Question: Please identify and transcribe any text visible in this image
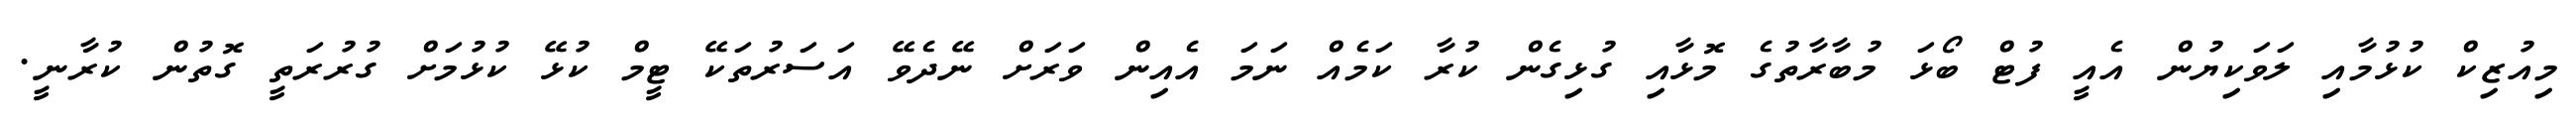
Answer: މިއުޒިކް ކުޅުމާއި ލަވަކިޔުން އެއީ ފުޓް ބޯޅަ މުބާރާތުގެ މޮޅާއި ގުޅިގެން ކުރާ ކަމެއް ނަމަ އެއިން ވަރަށް ނޭދެވޭ އަސަރުތަކޭ ޓީމް ކުޅޭ ކުޅުމަށް ގުރުރަތީ ގޮތުން ކުރާނީ.